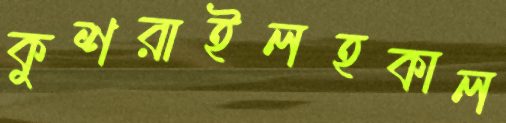
কুশরাইলহকাল